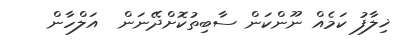
ޚިލާފު ކަމެއް ނޫންކަން ސާބިތުކޮށްދޭނަން  އަލްހާން